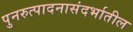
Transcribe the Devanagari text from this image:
पुनरुत्पादनासंदर्भातील